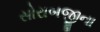
સોરાબજીના